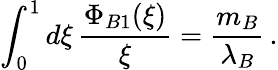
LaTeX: \int_{0}^{1}d\xi\, \frac{\Phi_{B1}(\xi)}{\xi}=\frac{m_{B}}{\lambda_{B}}\, .